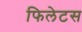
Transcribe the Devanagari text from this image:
फिलेटस